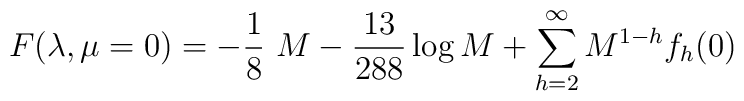
F(\lambda,\mu=0)= -{1\over 8}\ M -{13\over 288}\log M+\sum_{h=2}^\infty M^{1-h}f_h(0)